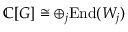
\mathbb { C } [ G ] \cong \oplus _ { j } { \mathrm { E n d } } ( W _ { j } )